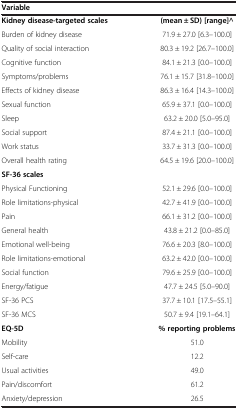
<table><thead><tr><td><b>Variable</b></td><td><b> </b></td></tr></thead><tbody><tr><td><b>Kidney disease-targeted scales</b></td><td><b>(mean ± SD) [range]^</b></td></tr><tr><td>Burden of kidney disease</td><td>71.9 ± 27.0 [6.3–100.0]</td></tr><tr><td>Quality of social interaction</td><td>80.3 ± 19.2 [26.7–100.0]</td></tr><tr><td>Cognitive function</td><td>84.1 ± 21.3 [0.0–100.0]</td></tr><tr><td>Symptoms/problems</td><td>76.1 ± 15.7 [31.8–100.0]</td></tr><tr><td>Effects of kidney disease</td><td>86.3 ± 16.4 [14.3–100.0]</td></tr><tr><td>Sexual function</td><td>65.9 ± 37.1 [0.0–100.0]</td></tr><tr><td>Sleep</td><td>63.2 ± 20.0 [5.0–95.0]</td></tr><tr><td>Social support</td><td>87.4 ± 21.1 [0.0–100.0]</td></tr><tr><td>Work status</td><td>33.7 ± 31.3 [0.0–100.0]</td></tr><tr><td>Overall health rating</td><td>64.5 ± 19.6 [20.0–100.0]</td></tr><tr><td><b>SF-36 scales</b></td><td> </td></tr><tr><td>Physical Functioning</td><td>52.1 ± 29.6 [0.0–100.0]</td></tr><tr><td>Role limitations-physical</td><td>42.7 ± 41.9 [0.0–100.0]</td></tr><tr><td>Pain</td><td>66.1 ± 31.2 [0.0–100.0]</td></tr><tr><td>General health</td><td>43.8 ± 21.2 [0.0–85.0]</td></tr><tr><td>Emotional well-being</td><td>76.6 ± 20.3 [8.0–100.0]</td></tr><tr><td>Role limitations-emotional</td><td>63.2 ± 42.0 [0.0–100.0]</td></tr><tr><td>Social function</td><td>79.6 ± 25.9 [0.0–100.0]</td></tr><tr><td>Energy/fatigue</td><td>47.7 ± 24.5 [5.0–90.0]</td></tr><tr><td>SF-36 PCS</td><td>37.7 ± 10.1 [17.5–55.1]</td></tr><tr><td>SF-36 MCS</td><td>50.7 ± 9.4 [19.1–64.1]</td></tr><tr><td><b>EQ-5D</b></td><td><b>% reporting problems</b></td></tr><tr><td>Mobility</td><td>51.0</td></tr><tr><td>Self-care</td><td>12.2</td></tr><tr><td>Usual activities</td><td>49.0</td></tr><tr><td>Pain/discomfort</td><td>61.2</td></tr><tr><td>Anxiety/depression</td><td>26.5</td></tr></tbody></table>